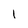
Character: 1